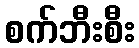
စက်ဘီးစီး